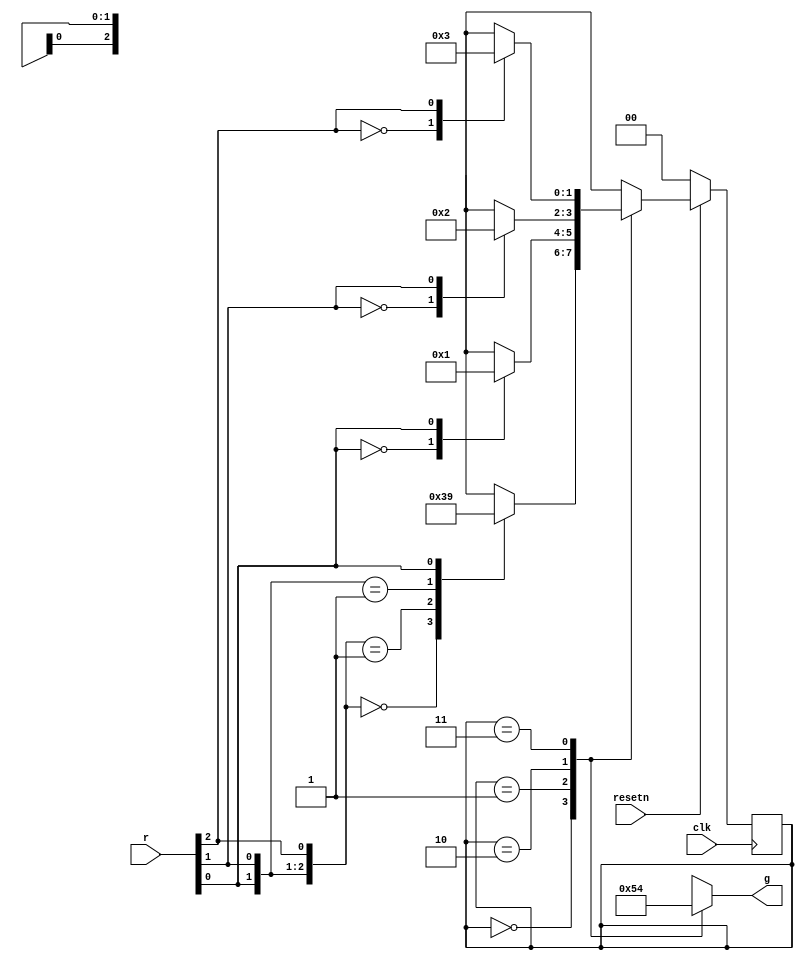
//2023_7_9 kerong
//FSM
module top_module (
    input clk,
    input resetn,    // active-low synchronous reset
    input [3:1] r,   // request
    output [3:1] g   // grant
); 

    parameter A = 2'b00;
    parameter B = 2'b01;
    parameter C = 2'b10;
    parameter D = 2'b11;

    reg [1:0] state, nstate;
    reg [3:1] reg_g;

    assign g = reg_g;

    always@(posedge clk) begin
        if(!resetn)begin
            state <= A;
        end
        else begin
            state <= nstate;
        end
    end

    always@(*)begin
        case(state)
            A:begin
                casex({r[1], r[2], r[3]})
                    3'b000:nstate = A;
                    3'b001:nstate = D;
                    3'b01x:nstate = C;
                    3'b1xx:nstate = B;
                endcase
            end
            B:begin
                casex(r[1])
                    1'b0:nstate = A;
                    1'b1:nstate = B;
                endcase
            end
            C:begin
                casex(r[2])
                    1'b0:nstate = A;
                    1'b1:nstate = C;
                endcase
            end
            D:begin
                casex(r[3])
                    1'b0:nstate = A;
                    1'b1:nstate = D;
                endcase
            end
        endcase
    end

    always@(*)begin
        case(state)
            A:reg_g = 3'b000;
            B:reg_g = 3'b001;
            C:reg_g = 3'b010;
            D:reg_g = 3'b100;
        endcase
    end
    
endmodule